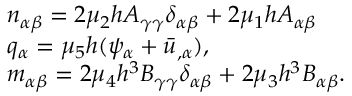
\begin{array} { r l } & { n _ { \alpha \beta } = 2 \mu _ { 2 } h A _ { \gamma \gamma } \delta _ { \alpha \beta } + 2 \mu _ { 1 } h A _ { \alpha \beta } } \\ & { q _ { \alpha } = \mu _ { 5 } h ( \psi _ { \alpha } + \bar { u } _ { , \alpha } ) , } \\ & { m _ { \alpha \beta } = 2 \mu _ { 4 } h ^ { 3 } B _ { \gamma \gamma } \delta _ { \alpha \beta } + 2 \mu _ { 3 } h ^ { 3 } B _ { \alpha \beta } . } \end{array}